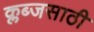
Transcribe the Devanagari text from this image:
क्लब्जसाठी